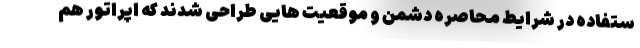
ستفاده در شرایط محاصره دشمن و موقعیت هایی طراحی شدند که اپراتور هم